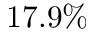
1 7 . 9 \%